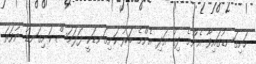
ހަށިގަނޑުގައިވާ އެންމެ ދިގު އަދި އެންމެ ބަރު ކަށިގަނޑަކީ ފަލަމަސް ކަށިގަނޑު ނުވަތަ